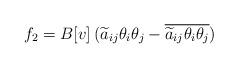
LaTeX: \begin{align*}f_2=B[v]\,(\widetilde a_{ij}\theta_i\theta_j-\overline{\widetilde a_{ij}\theta_i\theta_j})\end{align*}